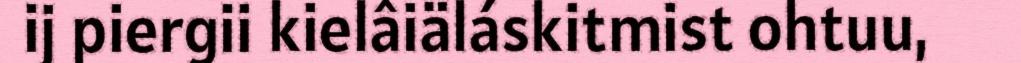
ij piergii kielâiäláskitmist ohtuu,